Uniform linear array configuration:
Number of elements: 48
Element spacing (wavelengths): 1
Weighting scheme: blackman
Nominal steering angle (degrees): -60
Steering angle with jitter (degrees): -59.316
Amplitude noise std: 0.05
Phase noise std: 0.05

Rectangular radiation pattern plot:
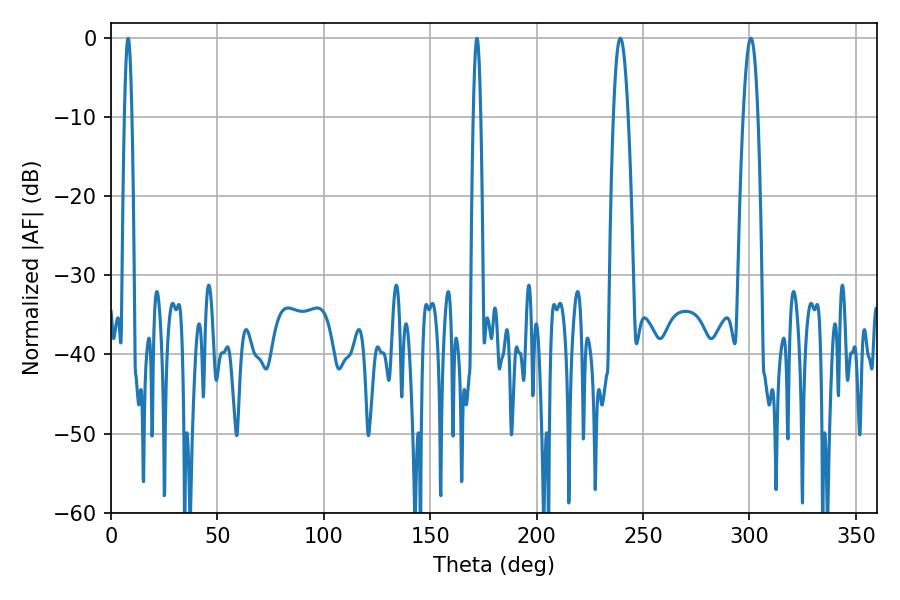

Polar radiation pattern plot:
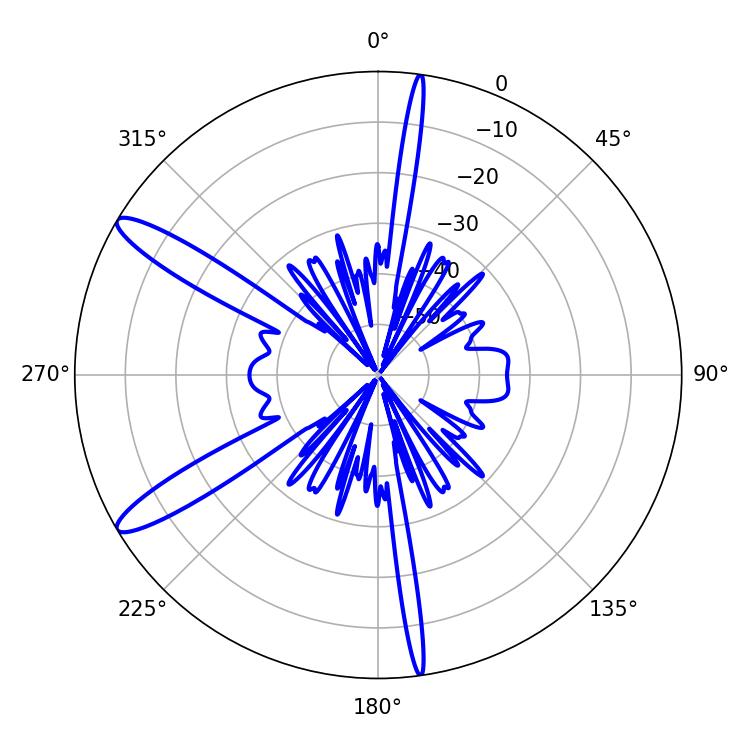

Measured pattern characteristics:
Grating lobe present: TRUE
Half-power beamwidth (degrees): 3.78
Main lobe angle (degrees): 300.6